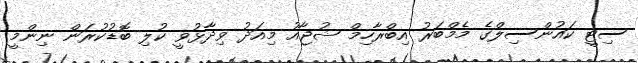
ސިޓީ ކައުންސިލްގެ މެމްބަރު އިބްރާހިމް ޝުޖާއު މިއަދު ވިދާޅުވީ ކުލި ބޮޑުކުރަން ނިންމީ